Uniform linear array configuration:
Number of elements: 8
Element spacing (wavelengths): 0.25
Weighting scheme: binomial
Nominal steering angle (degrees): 0
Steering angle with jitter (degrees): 1.171
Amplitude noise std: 0.05
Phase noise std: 0.05

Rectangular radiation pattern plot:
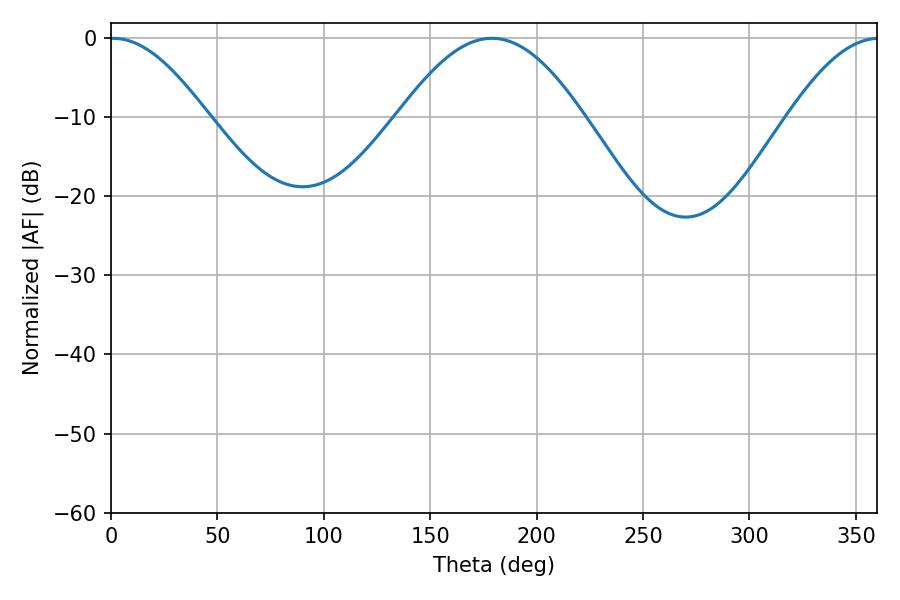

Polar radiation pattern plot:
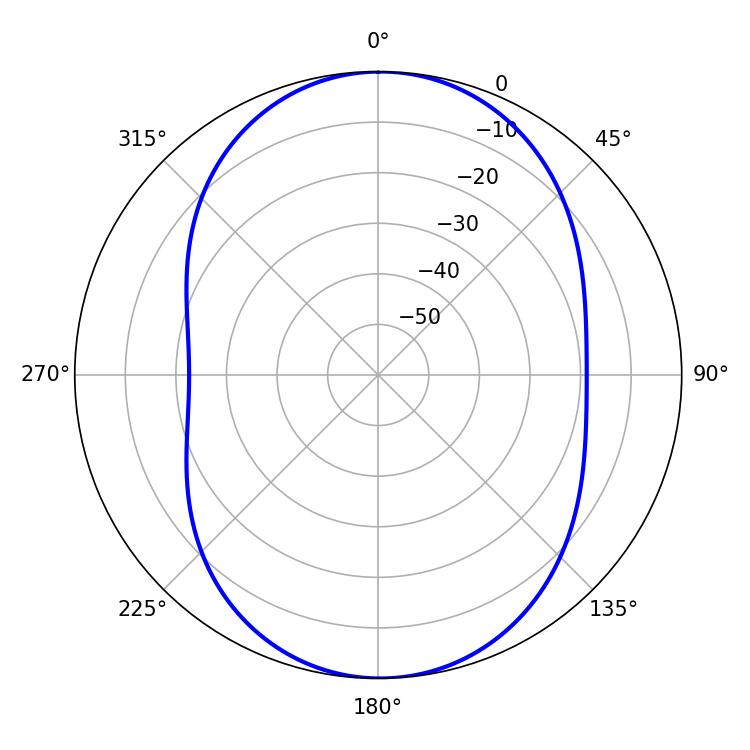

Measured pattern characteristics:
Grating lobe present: FALSE
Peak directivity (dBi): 15.826
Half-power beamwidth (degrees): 24.66
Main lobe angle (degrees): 1.08